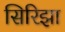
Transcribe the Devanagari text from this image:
सिरिझा